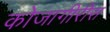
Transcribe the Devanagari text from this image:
कोजागीरीस